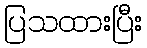
ပြသထားပြီး